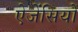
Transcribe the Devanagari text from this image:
ऐजेंसियों